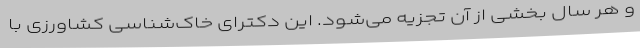
و هر سال بخشی از آن تجزیه می‌شود. این دکترای خاک‌شناسی کشاورزی با